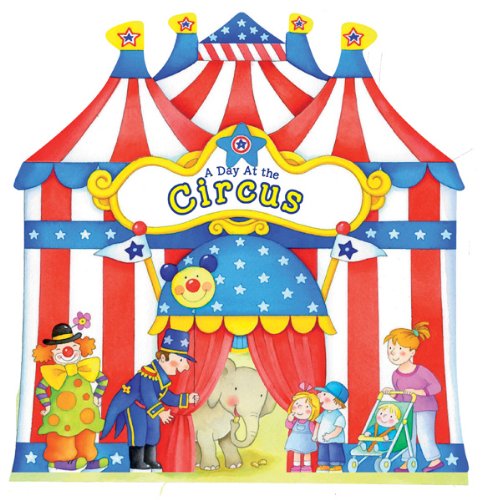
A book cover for A Day at the Circus (A Day at . . . Books); Happy Books; Health, Fitness & Dieting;